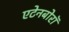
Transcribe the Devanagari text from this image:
एटेनबोरॉ